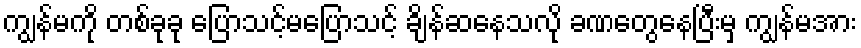
ကျွန်မကို တစ်ခုခု ပြောသင့်မပြောသင့် ချိန်ဆနေသလို ခဏတွေနေပြီးမှ ကျွန်မအား